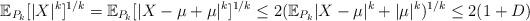
LaTeX: \begin{align*}\mathbb{E}_{P_k}[|X|^k]^{1/k} = \mathbb{E}_{P_k}[|X-\mu+\mu|^k]^{1/k} \leq 2(\mathbb{E}_{P_k}|X-\mu|^k+|\mu|^k)^{1/k} \leq 2(1+D)\end{align*}